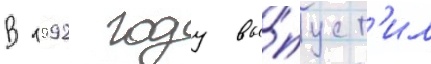
В 1992 году вы́пуст'ил